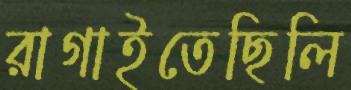
রাগাইতেছিলি